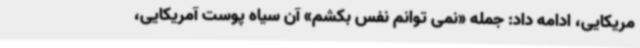
مریکایی، ادامه داد: جمله «نمی توانم نفس بکشم» آن سیاه پوست آمریکایی،